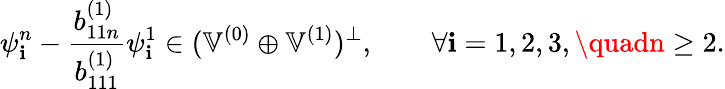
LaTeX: \psi_{\mathbf{i}}^{n}-\frac{{b_{11n}^{(1)}}}{{b_{111}^{(1)}}}\psi_{\mathbf{i}}^{1}\in(\mathbb{{V}}^{(0)}\oplus\mathbb{{V}}^{(1)})^{\perp},\qquad\forall\mathbf{i}=1,2,3,\quadn\geq2.